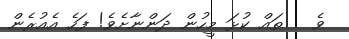
ވެ   ތައް ކުޅަ މީހުން ދަންނާށެވެ! ފަހެ އެއުރެން